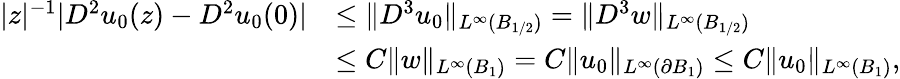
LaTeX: \begin{array}{rl}{|z|^{-1}|D^{2}u_{0}(z)-D^{2}u_{0}(0)|}&{\le\| D^{3}u_{0}\| _{L^{\infty}(B_{1/2})}=\| D^{3}w\| _{L^{\infty}(B_{1/2})}}\\ &{\le C\| w\| _{L^{\infty}(B_{1})}=C\| u_{0}\| _{L^{\infty}(\partial B_{1})}\le C\| u_{0}\| _{L^{\infty}(B_{1})},}\end{array}